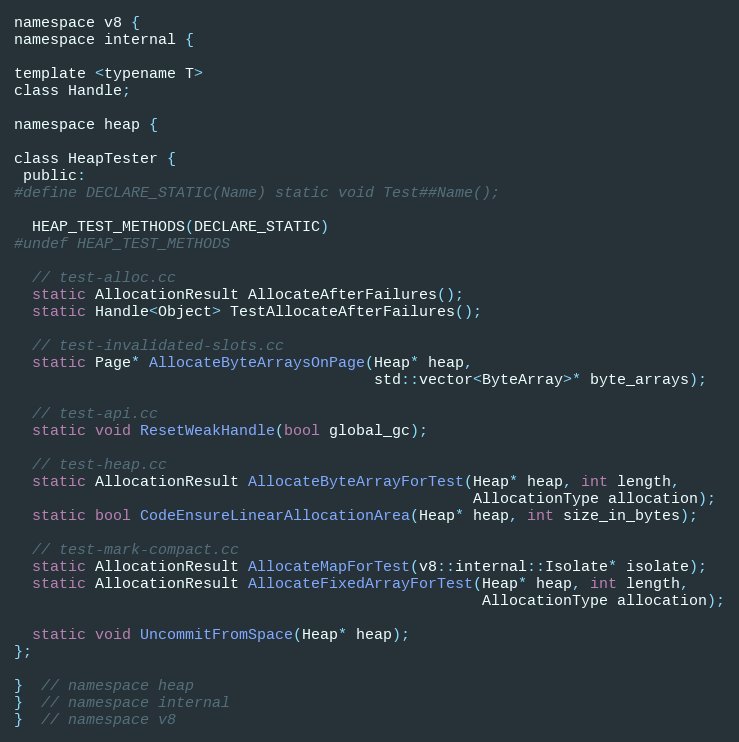
Language: C
namespace v8 {
namespace internal {

template <typename T>
class Handle;

namespace heap {

class HeapTester {
 public:
#define DECLARE_STATIC(Name) static void Test##Name();

  HEAP_TEST_METHODS(DECLARE_STATIC)
#undef HEAP_TEST_METHODS

  // test-alloc.cc
  static AllocationResult AllocateAfterFailures();
  static Handle<Object> TestAllocateAfterFailures();

  // test-invalidated-slots.cc
  static Page* AllocateByteArraysOnPage(Heap* heap,
                                        std::vector<ByteArray>* byte_arrays);

  // test-api.cc
  static void ResetWeakHandle(bool global_gc);

  // test-heap.cc
  static AllocationResult AllocateByteArrayForTest(Heap* heap, int length,
                                                   AllocationType allocation);
  static bool CodeEnsureLinearAllocationArea(Heap* heap, int size_in_bytes);

  // test-mark-compact.cc
  static AllocationResult AllocateMapForTest(v8::internal::Isolate* isolate);
  static AllocationResult AllocateFixedArrayForTest(Heap* heap, int length,
                                                    AllocationType allocation);

  static void UncommitFromSpace(Heap* heap);
};

}  // namespace heap
}  // namespace internal
}  // namespace v8